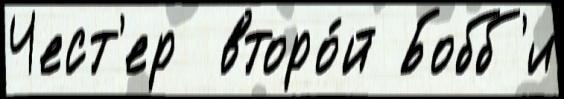
Чест'ер  второ́й Бобб'и